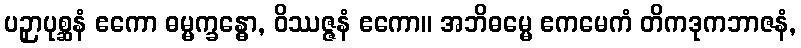
ပဉှာပုစ္ဆနံ ဧကော ဓမ္မက္ခန္ဓော, ဝိဿဇ္ဇနံ ဧကော။ အဘိဓမ္မေ ဧကမေကံ တိကဒုကဘာဇနံ,